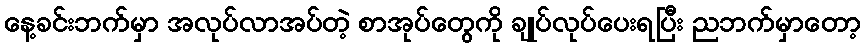
နေ့ခင်းဘက်မှာ အလုပ်လာအပ်တဲ့ စာအုပ်တွေကို ချုပ်လုပ်ပေးရပြီး ညဘက်မှာတော့